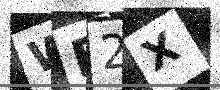
Text: WB2X